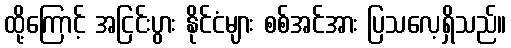
ထို့ကြောင့် အငြင်းပွား နိုင်ငံများ စစ်အင်အား ပြသလေ့ရှိသည်။